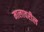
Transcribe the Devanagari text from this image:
मालावरील